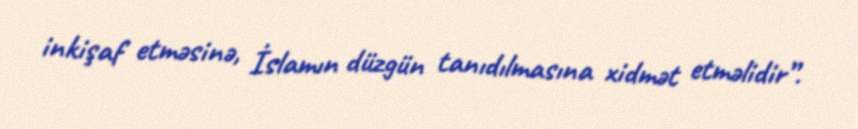
inkişaf etməsinə, İslamın düzgün tanıdılmasına xidmət etməlidir”.